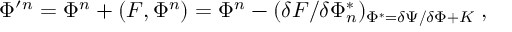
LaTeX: \Phi ^ { \prime } { } ^ { n } = \Phi { } ^ { n } + ( F , \Phi ^ { n } ) = \Phi { } ^ { n } - ( \delta F / \delta \Phi _ { n } ^ { * } ) _ { \Phi ^ { * } = \delta \Psi / \delta \Phi + K } \; ,